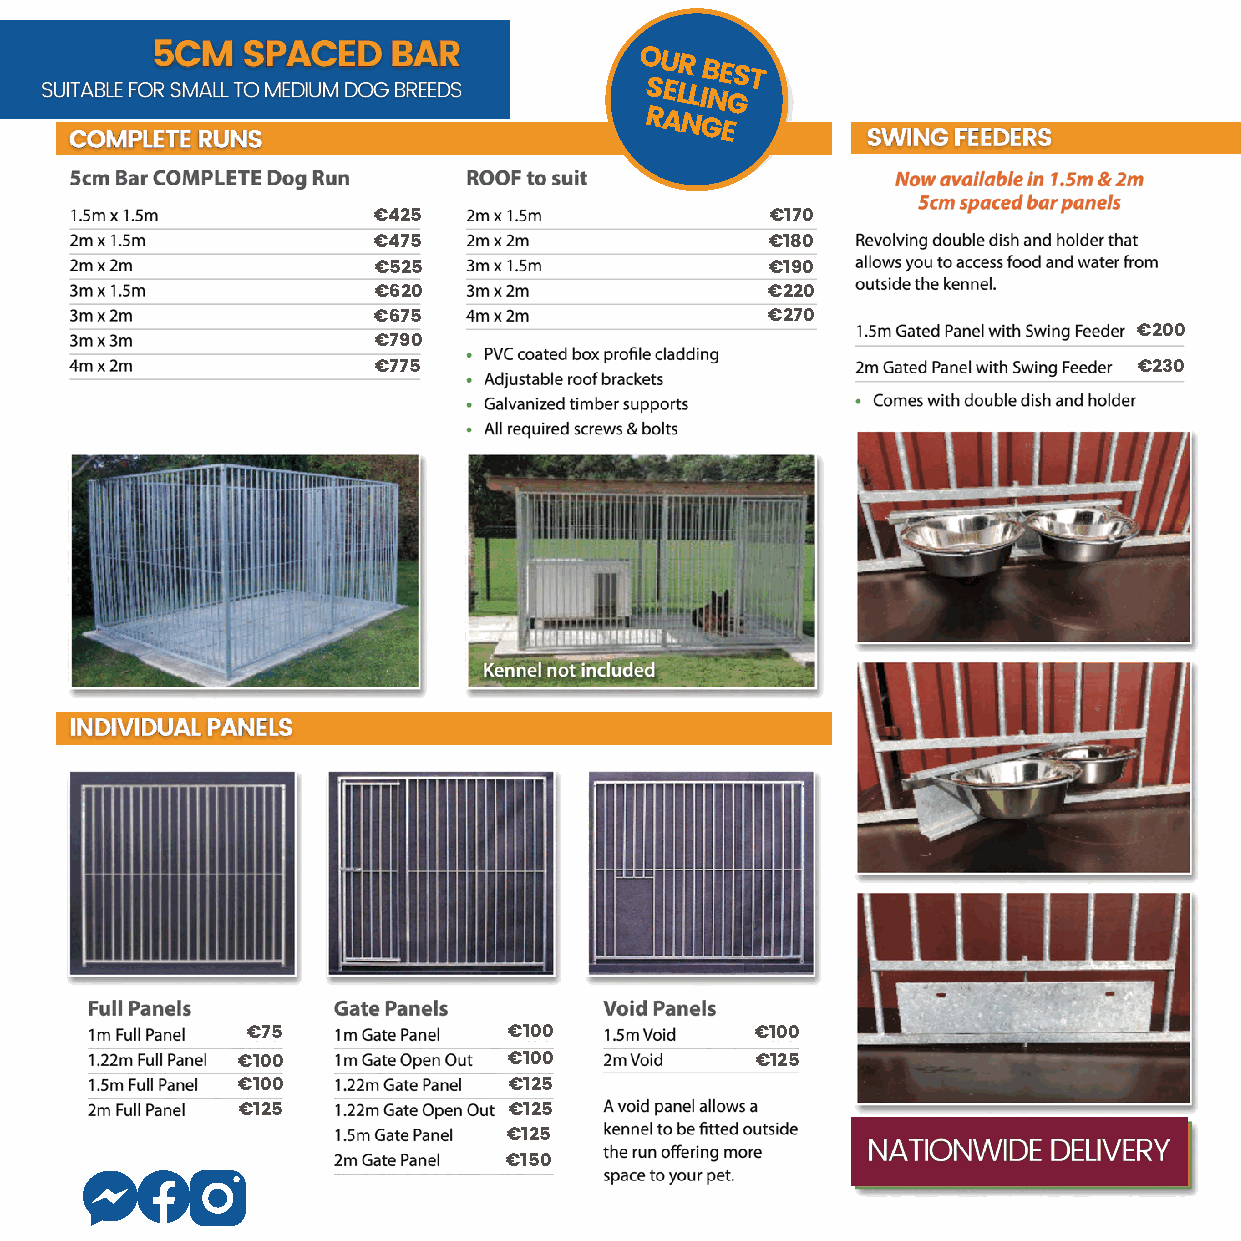
OUR
 BEST
 SELLING
 RANGE
 €425                      €170
 €475                      €180
 €525                      €190
 €620                      €220
 €675                      €270
 €200
 €790
 €775                                              €230
 €75               €100            €100
 €100              €100            €125
 €100              €125
 €125              €125
 €125
 €150